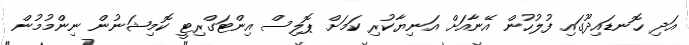
އަދި ހޮނޑައިދޫގައި ފުލުހުން އޭނާއަށް އަނިޔާކުރި ކަމަށް ޕޮލިސް އިންޓަގްރިޓީ ކޮމިޝަނުން ނިންމުމުން